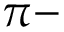
\pi -